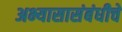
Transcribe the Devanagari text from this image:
अभ्यासासंबंधीचे